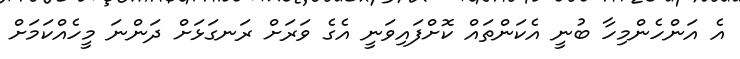
އެ އަންހެންމިހާ ބުނީ އެކަންތައް ކޮށްފައިވަނީ އެގެ ވަރަށް ރަނގަޅަށް ދަންނަ މީހެއްކަމަށް